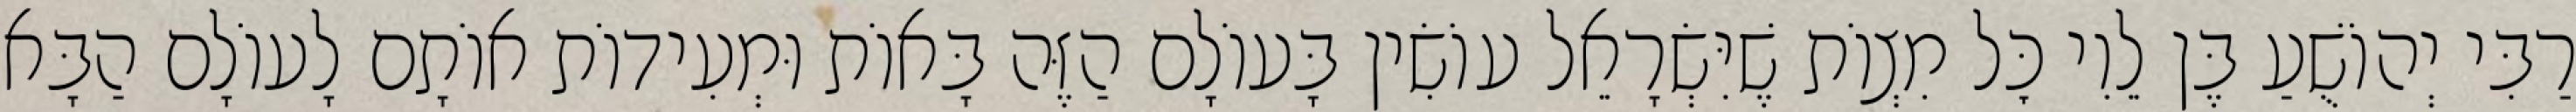
רַבִּי יְהוֹשֻׁעַ בֶּן לֵוִי כׇּל מִצְוֹת שֶׁיִּשְׂרָאֵל עוֹשִׂין בָּעוֹלָם הַזֶּה בָּאוֹת וּמְעִידוֹת אוֹתָם לָעוֹלָם הַבָּא